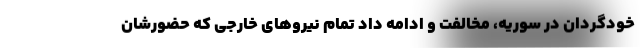
خودگردان در سوریه، مخالفت و ادامه داد تمام نیروهای خارجی که حضورشان